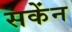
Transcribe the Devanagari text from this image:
सकेंन